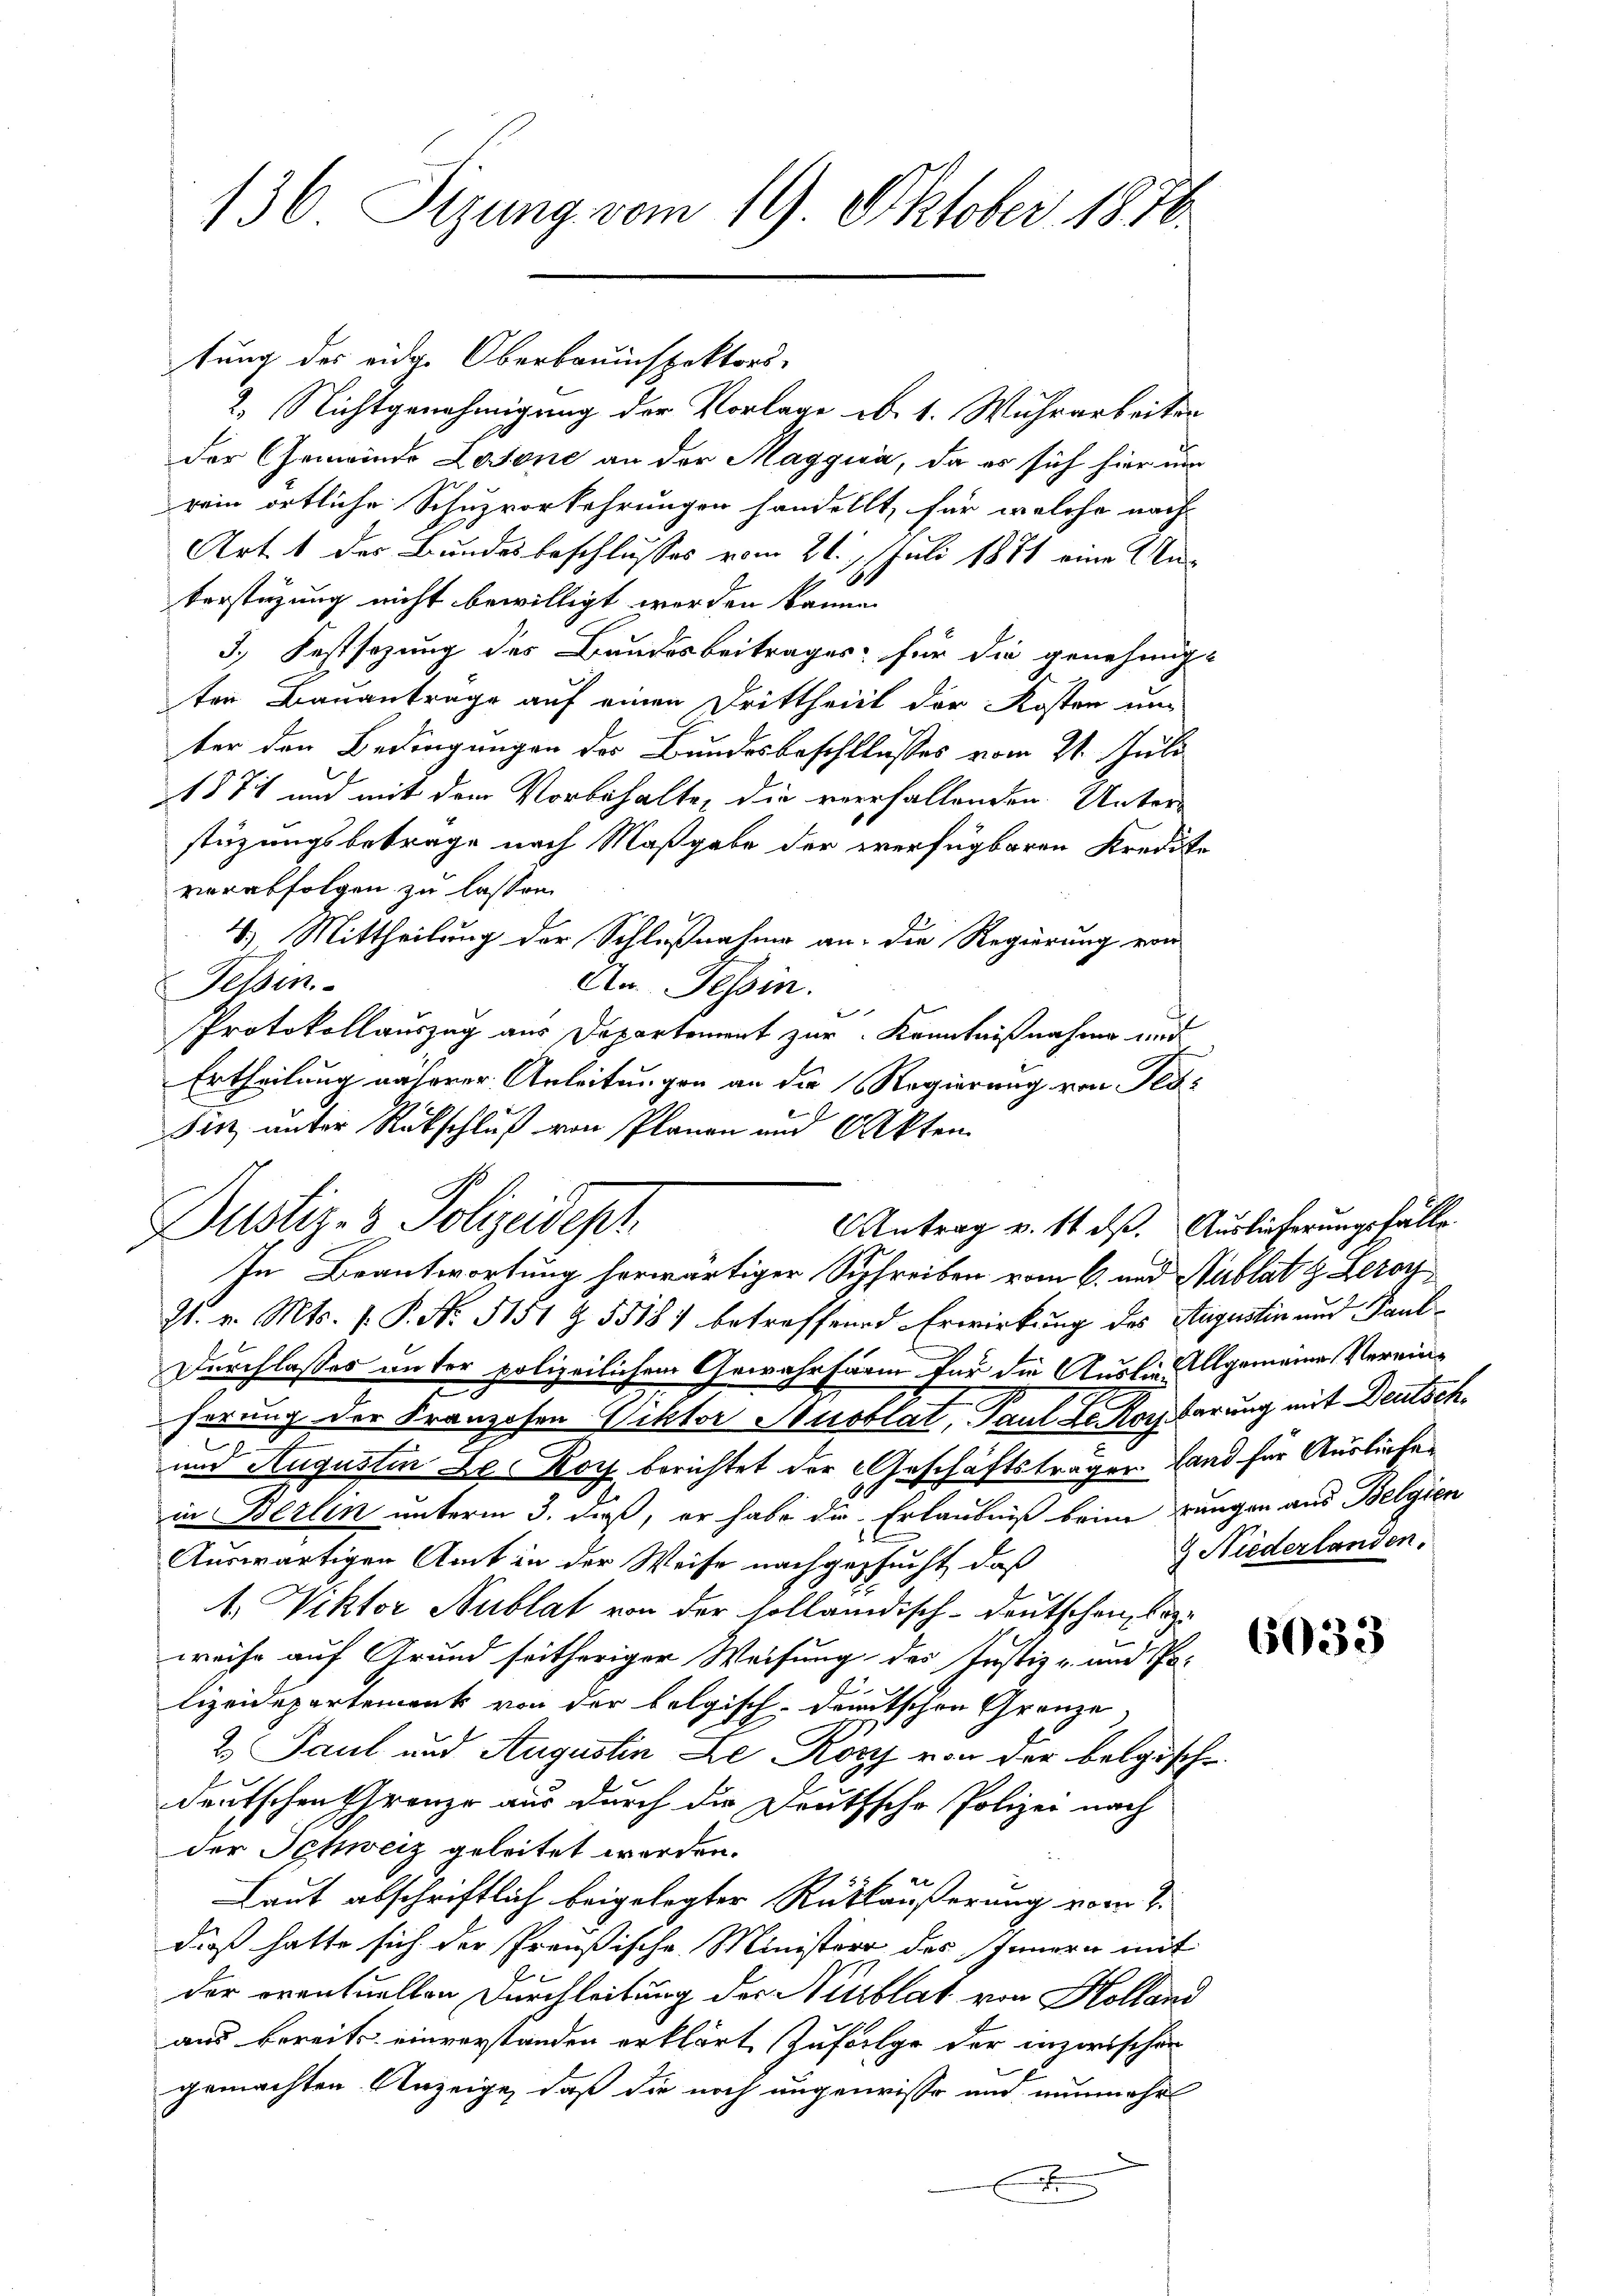
136 Sizung vom 19 Oktober 1876.

2. Nichtgenehmigung der Vorlage b. 1. Wuhrarbeiten
der Gemeinde Losone an der Maggia, da es sich hier um
rein örtliche Schuzvorkehrungen handellt, für welche nach
Art. 1 der Bundesbeschlusses vom 21. Juli 1871 eine Un-
S.
Verstüzung nicht bewilligt werden könne.
5. Festsezung des Bundesbeitrages, für die genehmig-
ten Bauanträge auf einen Drittheilt der Kosten um
ter den Bedingungen des Bundesbeschlusses vom 21. Juli
1871 und mit dem Vorbehalte, die verfallenden Unter-
stüzungsbetrage nach Maßgabe der verfügbaren Kredito
verabfolgen zu lassen.
). Mittheilung der Schlußnahme an: die Regierung von
An. Tessin.
Tessin.
Protokollauszug aus Departement zur Kenntnißnahme und
Ertheilung näherer Anleitungen an die Regierung von Tess
Dustiz- & Polizeidept.
21. v. Mts. 1. P. No. 5151 Z 5518) betreffend Erwirkung des Augustin und Paul¬
Durchlasses unter polizeilichem Gewährfärm für die Auslie allgemeine Vereinherung der Franzosen Viktor Ausblat, Paul Dr. Kochbarung mit Deutsch.

und Augustin Le Koch berichtet der Geschäftsträgen Land für Ausliefen
in Berlin unterm 3. daß, er habe die Erlaubniß beim Lungen aus Belgien
Auswärtigen Amt in der Weise nachgesucht, daß
1. Viktor Nublat von der holländisch-deutschen bozweise auf Grund seitheriger Weisung des Justiz- und Polizeidepartement von der belgisch-deutschen Grenze,
2. Paul und Augustin Le Köpf von der belgische
deutschen Grenze aus durch die Deutsche Polizei nach
der Schweiz geleitet worden.
Laut abschriftlich beigelegter Rückläußerung vom 2.
dieß hatte sich der Preußische Minister des Innern mit
der oventuellen Durchleitung des Nürblat von Holland
aus bereits einverstanden erklärt, zufolge der inzerischen
gemachten Anzeige, daß die noch angewisse und nunmehr
x

tung des eidg. Oberbauinspektors-

Sinz unter Rückschluß von Planen und Akten
AAntrag v. 14. dß. Auslieferungsfälle
In Beantwortung herwärtiger Schreiben vom 6. und Nublat z. Zeror

9 Niederlanden.

6033